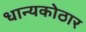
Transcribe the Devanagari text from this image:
धान्यकोठार